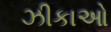
ઝીકાઓ